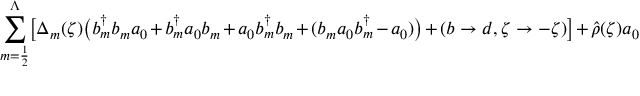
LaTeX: \sum _ { m = \frac { 1 } { 2 } } ^ { \Lambda } \bigl [ \Delta _ { m } ( \zeta ) \bigl ( b _ { m } ^ { \dag } b _ { m } a _ { 0 } + b _ { m } ^ { \dag } a _ { 0 } b _ { m } + a _ { 0 } b _ { m } ^ { \dag } b _ { m } + ( b _ { m } a _ { 0 } b _ { m } ^ { \dag } - a _ { 0 } ) \bigr ) + ( b \rightarrow d , \zeta \rightarrow - \zeta ) \bigr ] + { \hat { \rho } } ( \zeta ) a _ { 0 }